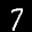
Label: 7